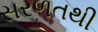
સરળતથી